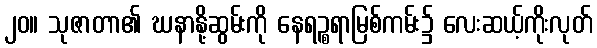
၂၀။ သုဇာတာ၏ ဃနာနို့ဆွမ်းကို နေရဉ္စရာမြစ်ကမ်း၌ လေးဆယ့်ကိုးလုတ်